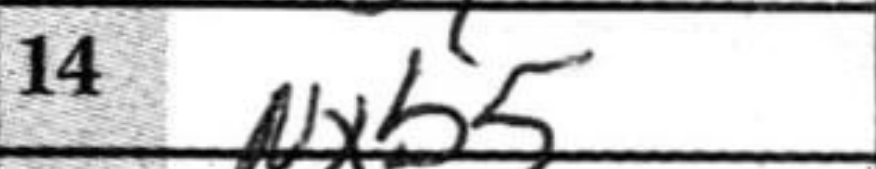
Transcription: Nxb5